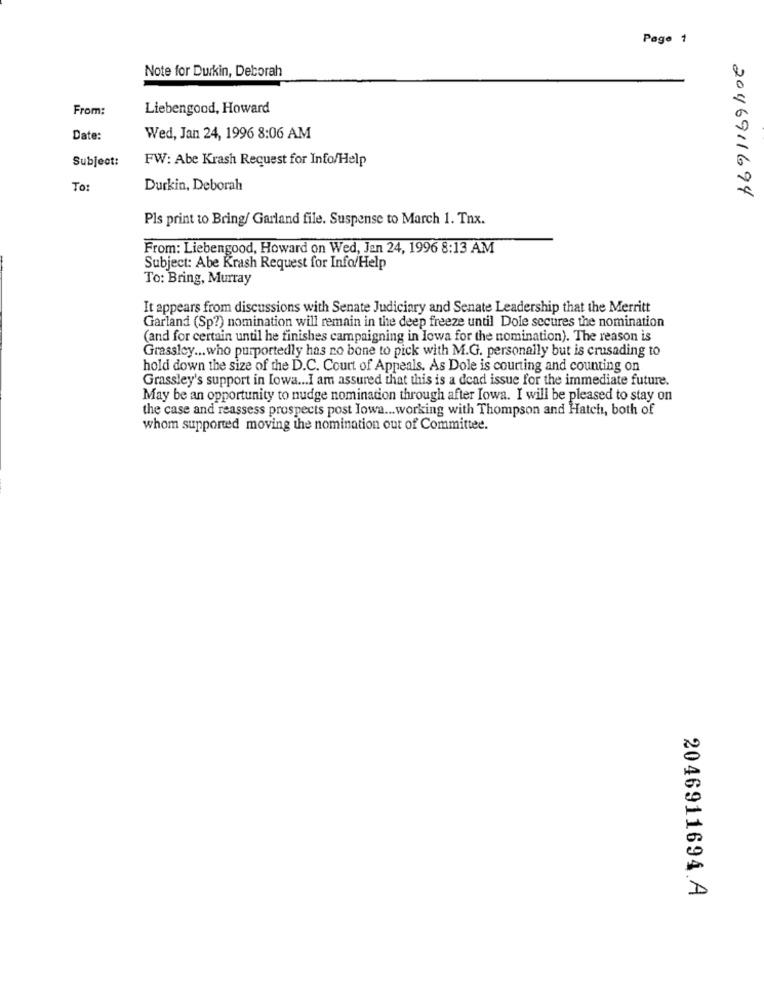
Page 1
Note for Durkin, Deborah
From:
Liebengood, Howard
Date:
Wed, Jan 24, 1996 8:06 AM
Subject:
FW: Abe Krash Request for Info/Help
To:
Durkin, Deborah
2046911694
Pls print to Bring/ Garland file. Suspense to March 1. Tnx.
From: Liebengood, Howard on Wed, Jen 24, 1996 8:13 AM
Subject: Abe Krash Request for Info/Help
To: Bring, Murray
It appears from discussions with Senate Judiciary and Senate Leadership that the Merritt
Garland (Sp?) nomination will remain in the deep freeze until Dole secures the nomination
(and for certain until he finishes campaigning in Iowa for the nomination). The reason is
Grassley ... who purportedly has no bone to pick with M.G. personally but is crusading to
hold down the size of the D.C. Court of Appeals. As Dole is courting and counting on
Grassley's support in Iowa ... I am assured that this is a dead issue for the immediate future.
May be an opportunity to nudge nomination through after Iowa. I will be pleased to stay on
the case and reassess prospects post Iowa ... working with Thompson and Hatch, both of
whom supported moving the nomination out of Committee.
2046911694 A